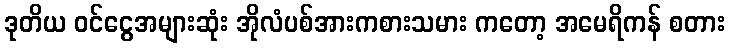
ဒုတိယ ဝင်ငွေအများဆုံး အိုလံပစ်အားကစားသမား ကတော့ အမေရိကန် စတား